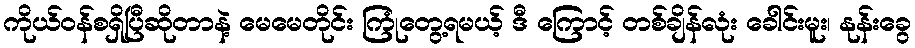
ကိုယ်ဝန်စရှိပြီဆိုတာနဲ့ မေမေတိုင်း ကြုံတွေ့ရမယ့် ဒီ ကြောင့် တစ်ချိန်လုံး ခေါင်းမူး၊ နုန်းခွေ